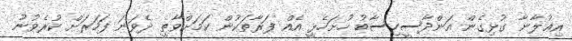
އިޢުލާނާ ގުޅިގެން އަންދާސީހިސާބު ހުށަހެޅީ އެއް ފަރާތަކުން ކަމަށްވާތީ ދެވަނަ ފަހަރަށް ކުރެވުނު